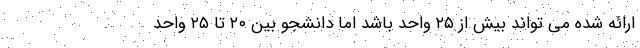
ارائه شده می تواند بیش از ۲۵ واحد باشد اما دانشجو بین ۲۰ تا ۲۵ واحد